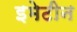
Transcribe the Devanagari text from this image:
इमेटीन